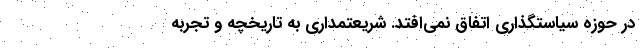
در حوزه سیاستگذاری اتفاق نمی‌افتد. شریعتمداری به تاریخچه و تجربه